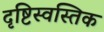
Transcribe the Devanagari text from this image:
दृष्टिस्वस्तिक